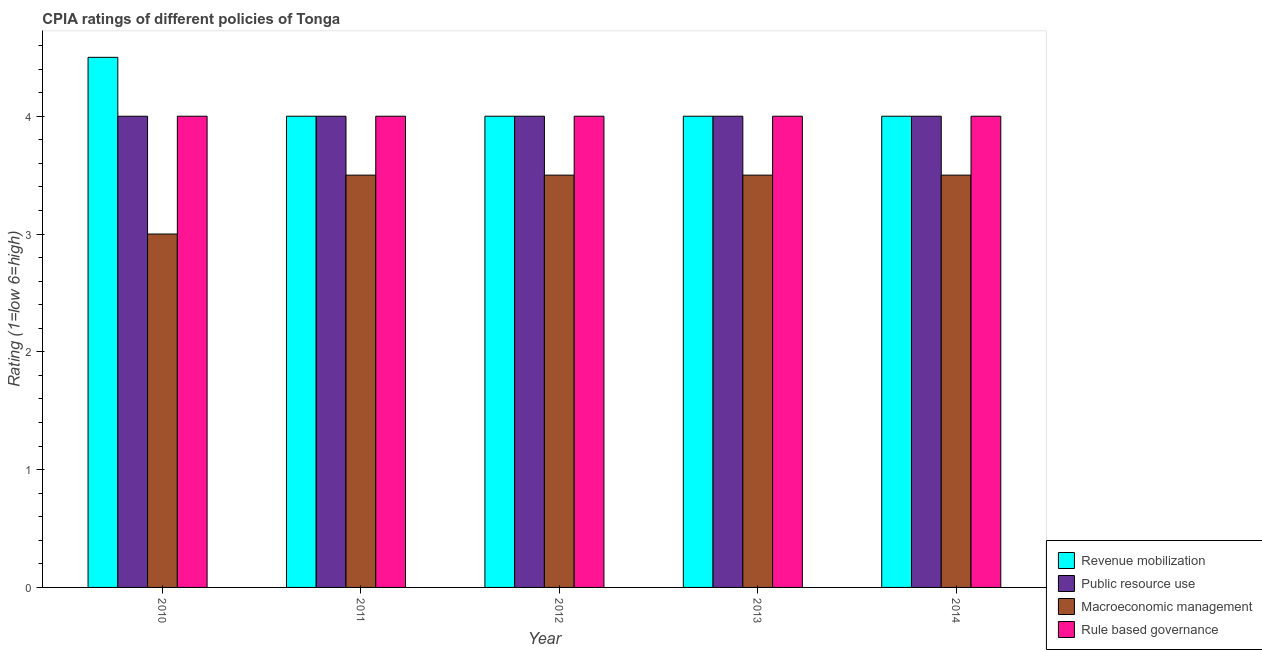
| Year | Revenue mobilization | Public resource use | Macroeconomic management | Rule based governance |
 | --- | --- | --- | --- | --- |
 | 2010 | 4.5 | 4 | 3 | 4 |
 | 2011 | 4 | 4 | 3.5 | 4 |
 | 2012 | 4 | 4 | 3.5 | 4 |
 | 2013 | 4 | 4 | 3.5 | 4 |
 | 2014 | 4 | 4 | 3.5 | 4 |